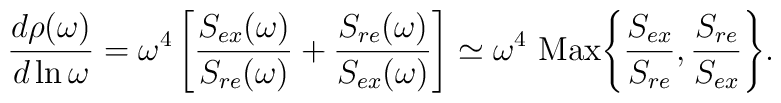
{d\rho(\omega)\over d  \ln \omega} = \omega^4 \left[{S_{ex}(\omega)\over S_{re}(\omega)} + {S_{re}(\omega)\over S_{ex}(\omega)}\right]\simeq  \omega^4 ~{\rm Max}\Biggl\{ {S_{ex}\over S_{re}} , {S_{re}\over S_{ex}}\Biggr\}.